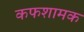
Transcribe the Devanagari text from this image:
कफशामक